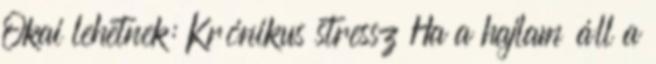
Okai lehetnek: Krónikus stressz Ha a hajlam áll a